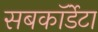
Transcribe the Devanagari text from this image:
सबकॉर्डेटा